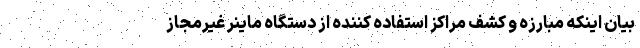
بیان اینکه مبارزه و کشف مراکز استفاده کننده از دستگاه ماینر غیرمجاز